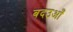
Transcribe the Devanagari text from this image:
बदउआँ